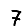
Digit: 7